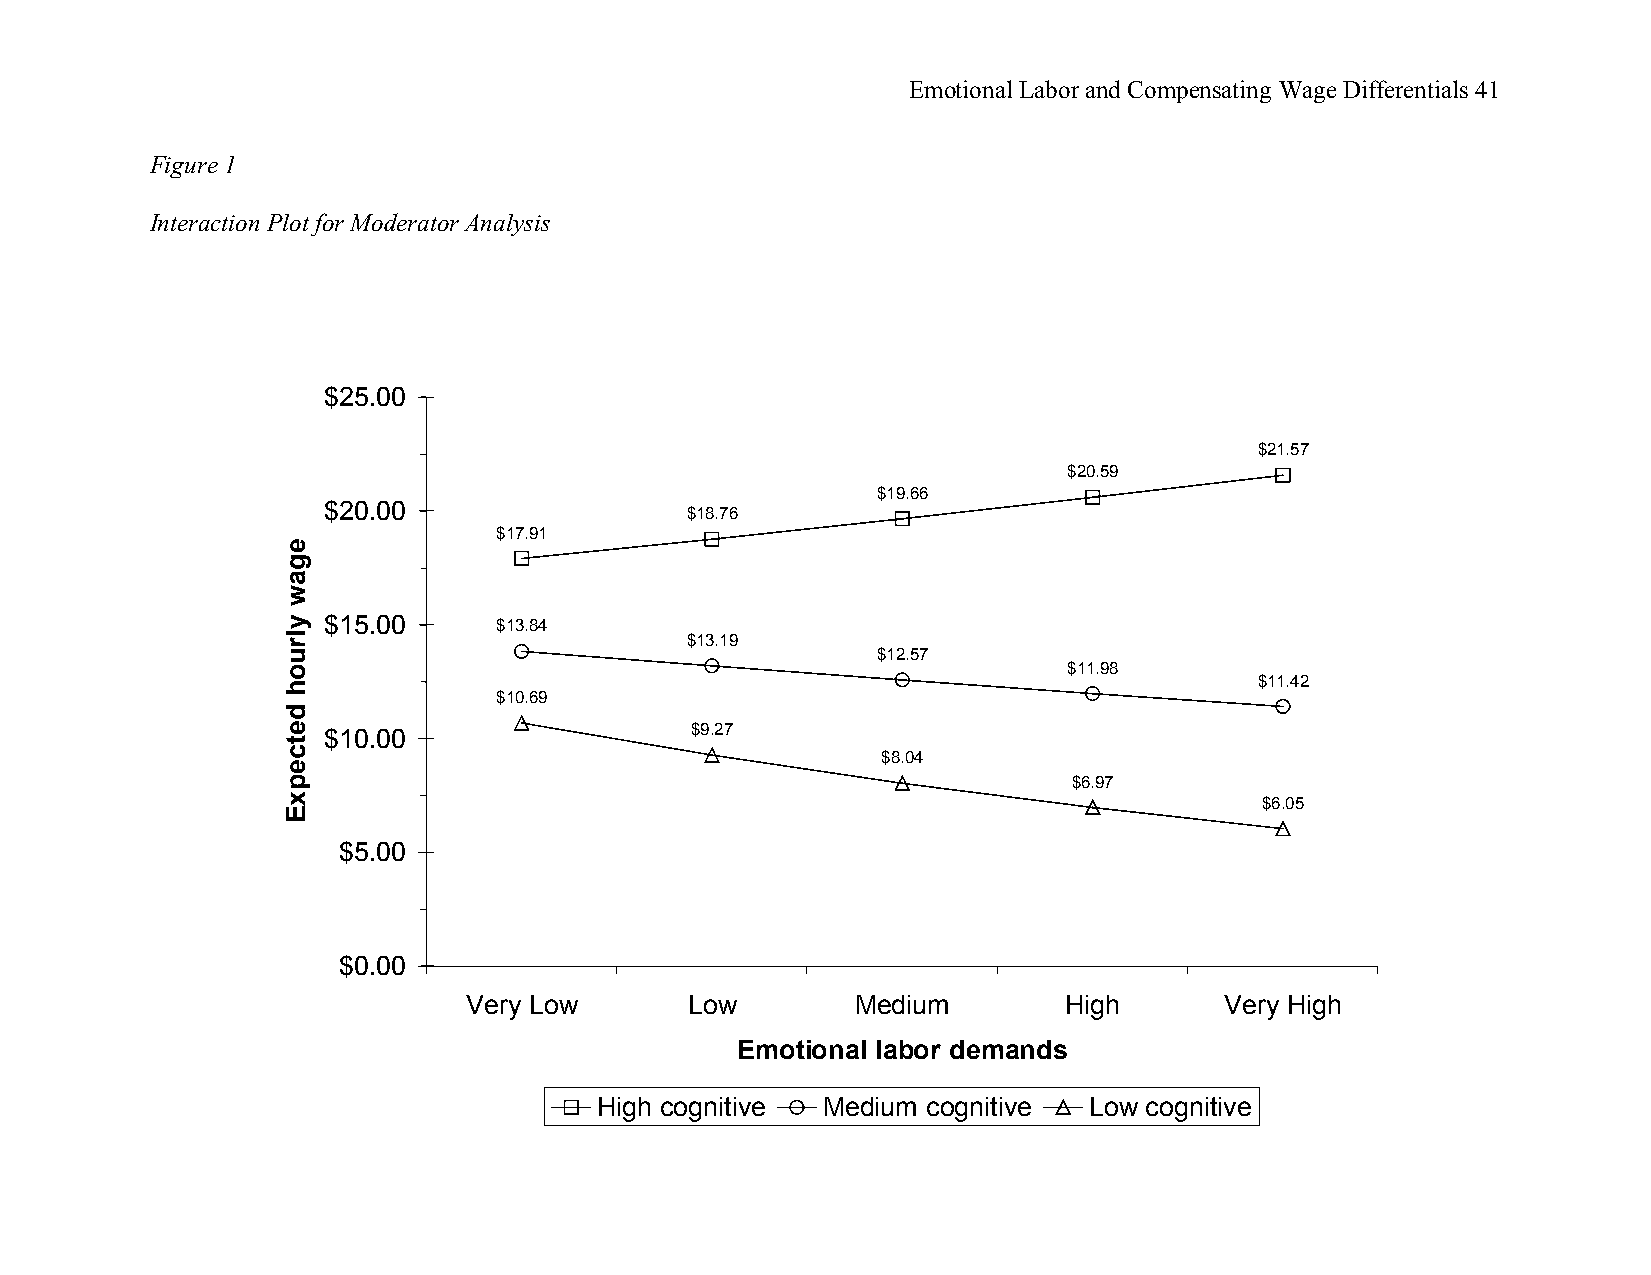
Emotional Labor and Compensating Wage Differentials 41
 Figure 1
 Interaction Plot for Moderator Analysis
 $25.00
 $21.57
 $20.59
 $19.66
 $20.00
 $18.76
 $17.91
 $15.00      $13.84
 $13.19
 $12.57
 $11.98
 $11.42
 $10.69
 $10.00                   $9.27
 $8.04
 $6.97
 $6.05
 $5.00
 $0.00
 Very Low       Low        Medium       High       Very High
 Emotional labor demands
 High cognitive Medium cognitive Low cognitive
 egaw
 ylruoh
 detcepxE